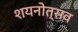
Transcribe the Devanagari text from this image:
शयनोत्सव